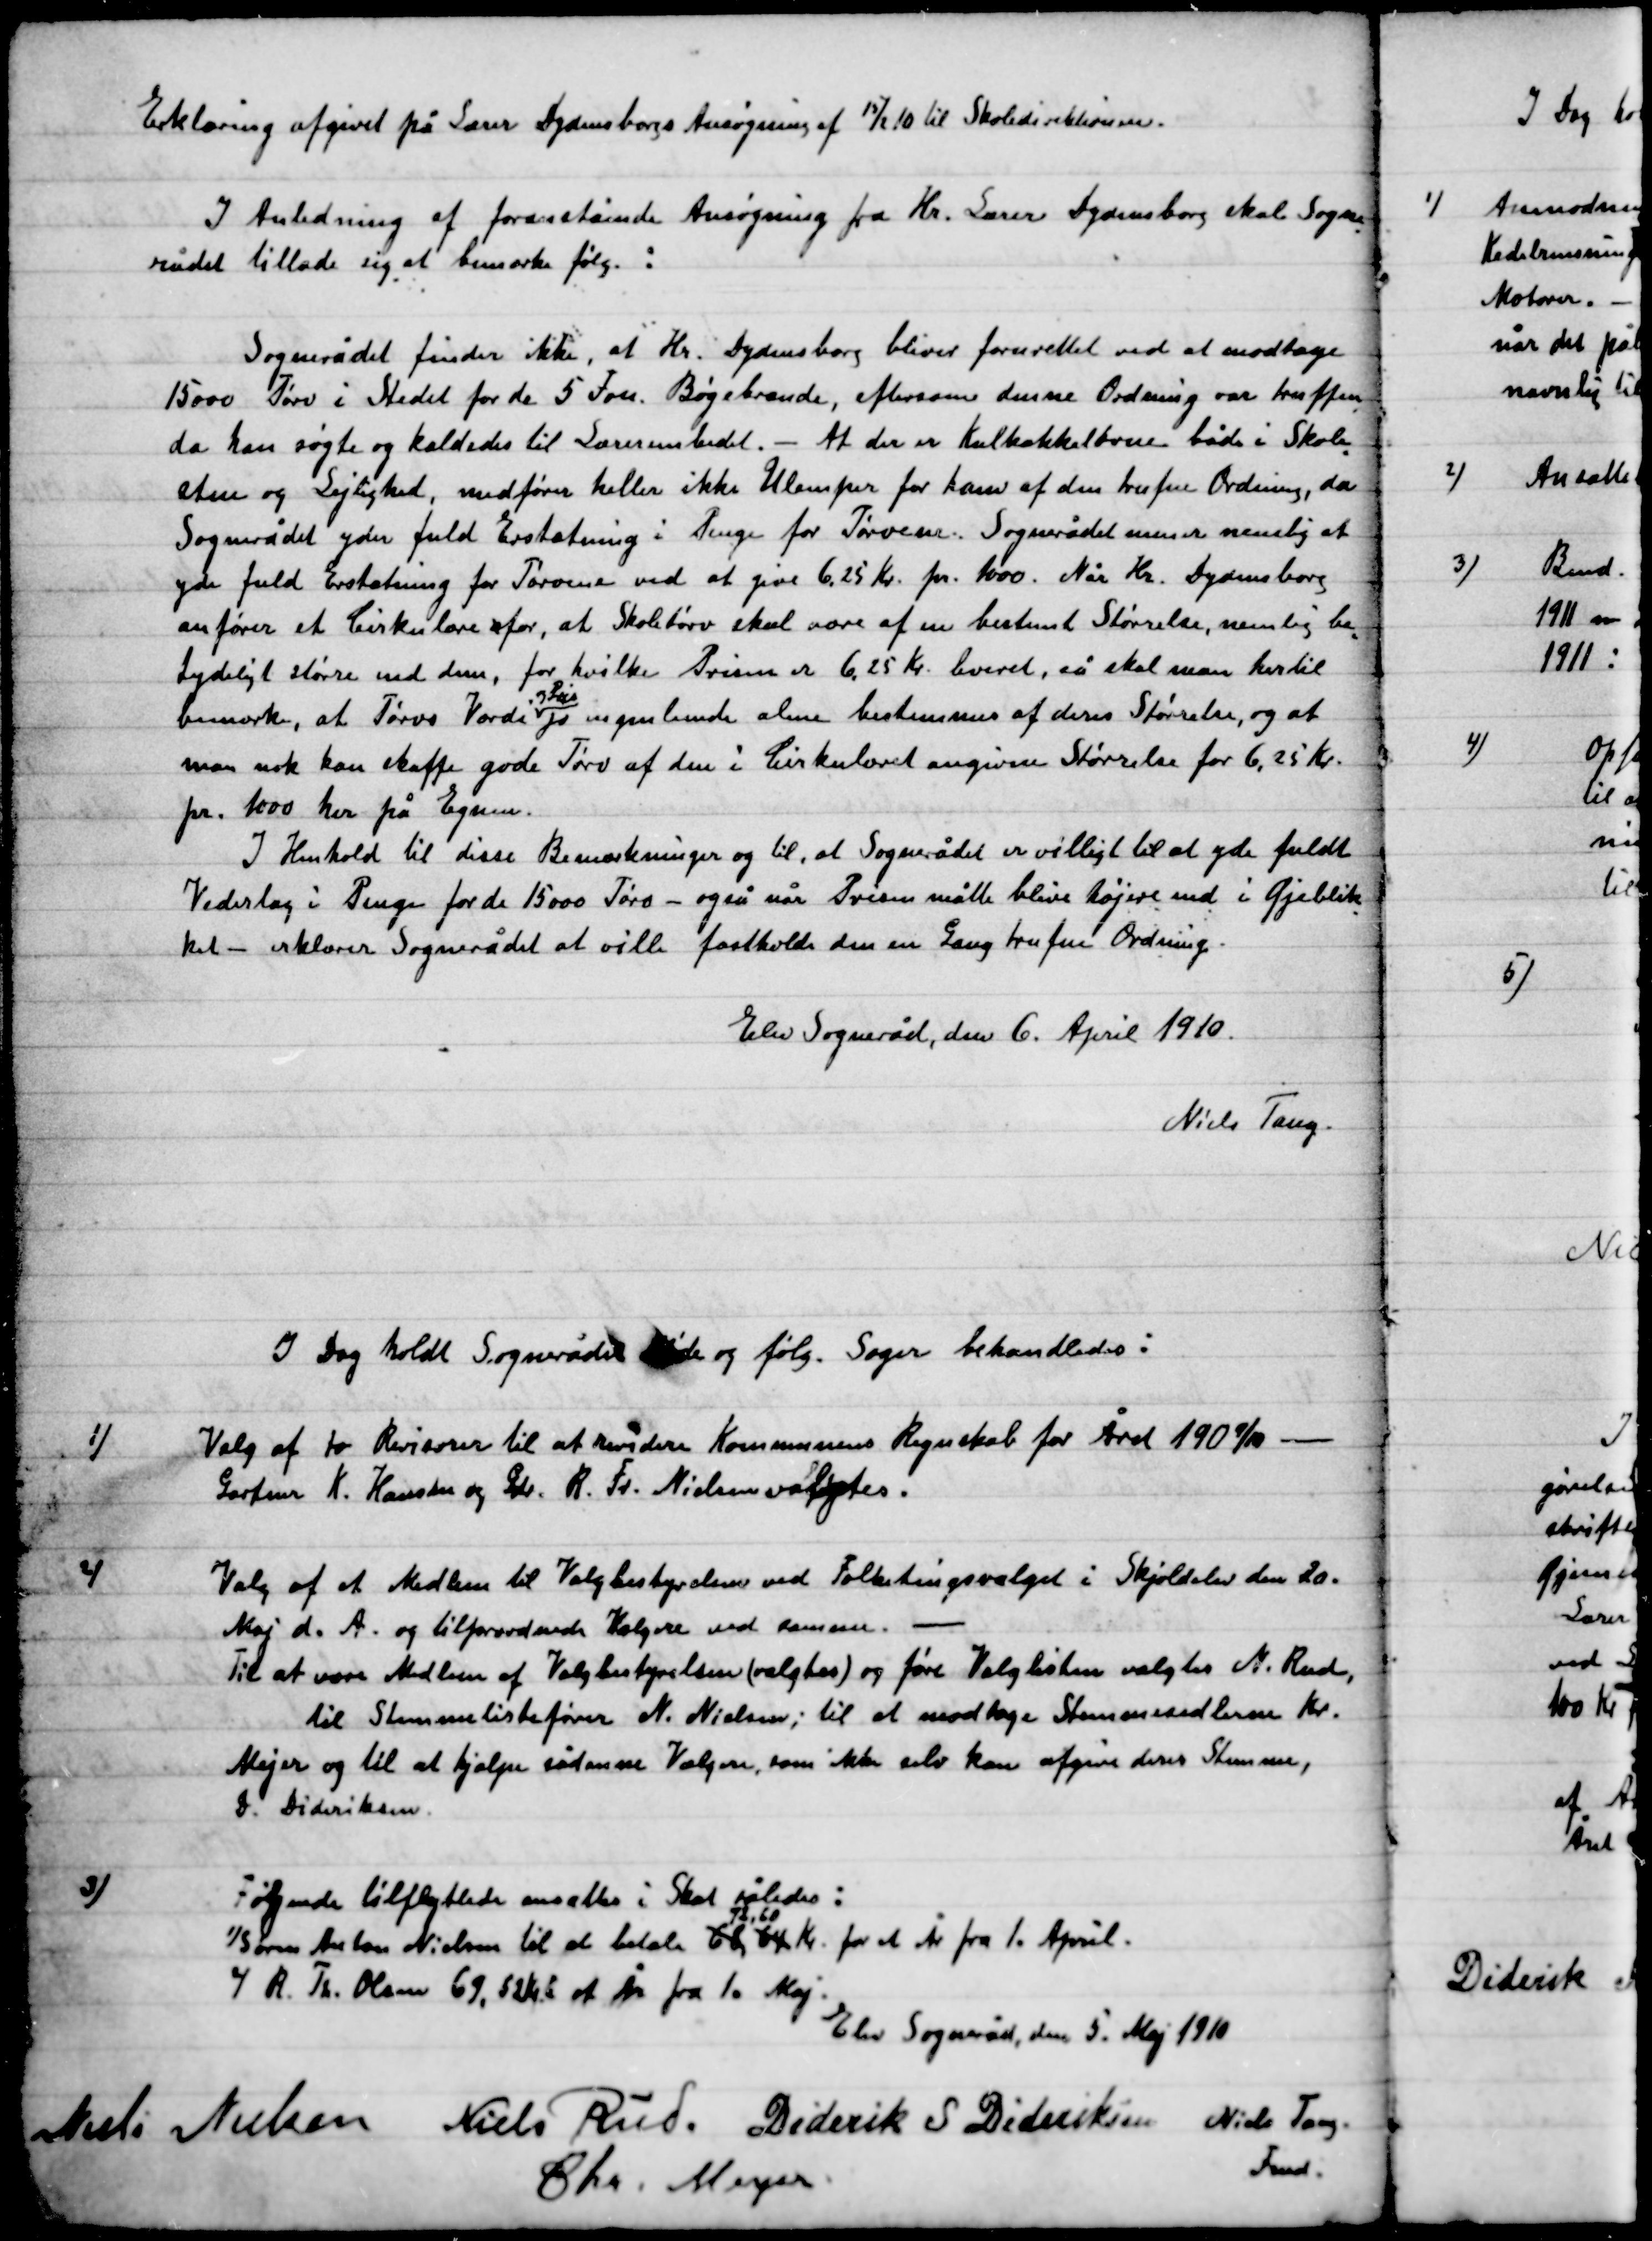
Transskription:
Erklæring afgivet på Lærer Dydensborgs Ansøgning af 15/2 10 til Skoledirektionen.
I Anledning af foranstående Ansøgning fra Hr. lærer Dydensborg skal Sogne-
rådet tillade sig at bemærke følg.:
Sognerådet finder ikke at Hr. Dydensborg bliver forurettet ved at modtage
15000 Tørv i Stedet for de 5 Fvn. Bøgebrænde, eftersom denne Ordning var truffen
Da han søgte og kaldedes til Lærerembedet. – At der er kulkakkelovne både i Skole-
stue og Lejlighed, medfører heller ikke Ulemper for ham af den herfra Ordning, da
Sognerådet yder fuld Erstatning i Penge for Tørvene. Sognerådet mener navnlig  at
yde fuld Erstatning for Tørvene ved at give 6,25 Kr. pr. 1000. Når Hr. Dydensborg
anfører et Cirkulærefor, at Skoletørv skal være af en bestemt Størrelse, nemlig be-
tydeligt større end dem, for hvilke Prisen er 6,25 Kr. leveret, så skal man hertil
bemærke, at Tørvs Værdi
og Pris
jo ingenlunde alene bestemmes af deres Størrelse, og at
man nok kan skaffe gode Tørv af den i Cirkulæret angivne Størrelse for 6,25 Kr.
pr. 1000 her på Egnen.
I Henhold til disse Bemærkninger og til, at Sognerådet er villigt til at yde fuldt
Vederlag i Penge for de 15000 Tørv – også når Prisen måtte blive højere end i Øjeblik-
ket – erklærer Sognerådet at ville fastholde den en Gang truffen Ordning.
Elev Sogneråd, den 6. April 1910.
Niels Tang.

I Dag holdt Sognerådet Møde og følg. Sager behandledes:

1)

Valg af to Revisor til at revidere Kommunens Regnskab for Året 190 9/10 –
Gartner K. Hansen og Gdr. R. Fr. Nielsen valgtes.

2)

Valg af et Medlem til Valgbestyrelsen ved Folketingsvalget i Skjoldelev den 20.
Maj d. A. og tilforordnede Vælgere ved samme. –
Til at være Medlem af Valgbestyrelsen (valgtes) og føre valglisten valgtes N. Rud,
til Stemmelistefører N. Nielsen; til at modtage Stemmesedlerne Kr.
Mejer og til at hjælpe rådene Vælgere, som ikke selv kan afgive deres Stemme,
D. Dideriksen.

3)

Følgende tilflyttede ansattes i skat således:
1) Søren Anton Nielsen til at betale 68,64
72.60
Kr. for et År fra 1. April
2) R. Th. Olesen 69,62 Kr. et År fra 1. Maj.

Elev Sogneråd, den 5. Maj 1910.

Niels Nielsen
Niels Rud
Diderik S. Dideriksen
Chr. Meyer
Niels Tang.
Fmd.